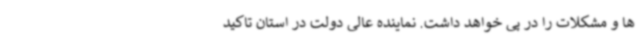
ها و مشکلات را در پی خواهد داشت. نماینده عالی دولت در استان تاکید